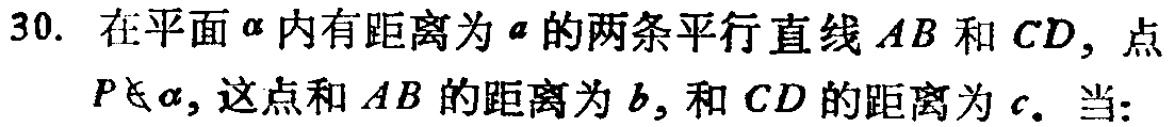
30. 在平面\(\alpha\)内有距离为\(a\)的两条平行直线\(AB\)和\(CD\)，点\(P\notin\alpha\)，这点和\(AB\)的距离为\(b\)，和\(CD\)的距离为\(c\). 当: